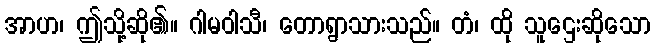
အာဟ၊ ဤသို့ဆို၏။ ဂါမဝါသီ၊ တောရွာသားသည်။ တံ၊ ထို သူဌေးဆိုသော